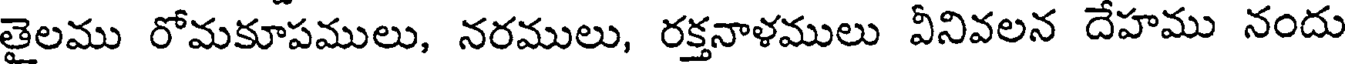
తైలము రోమకూపములు, నరములు, రక్తనాళములు వీనివలన దేహము నందు